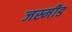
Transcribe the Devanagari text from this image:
जस्मीड